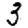
Digit: 3